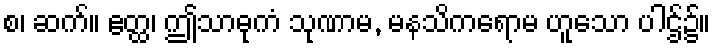
စ၊ ဆက်။ ဧတ္ထ၊ ဤသာဓုကံ သုဏာမ, မနသိကရောမ ဟူသော ပါဌ်၌။